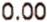
0.00